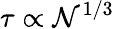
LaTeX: \tau\propto\mathcal{N}^{1/3}